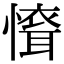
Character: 𢡐